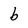
Character: b